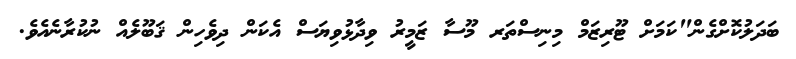
ބަދަލުކޮށްގެން"ކަމަށް ޓޫރިޒަމް މިނިސްތަރ މޫސާ ޒަމީރު ވިދާޅުވިޔަސް އެކަން ދިވެހިން ޤަބޫލެއް ނުކުރާނެއެވެ.